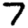
Digit: 7